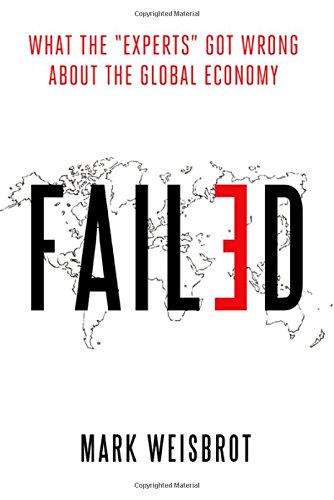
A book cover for Failed: What the "Experts" Got Wrong about the Global Economy; Mark Weisbrot; Business & Money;